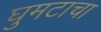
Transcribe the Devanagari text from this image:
घुमटाचा